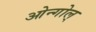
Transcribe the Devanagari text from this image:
ओन्गोल्